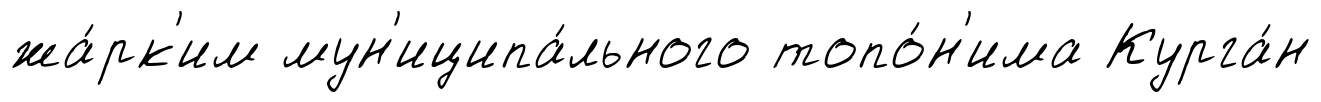
жа́рк'им мун'иципа́льного топо́н'има Курга́н